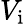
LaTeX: V_{\mathrm{i}}